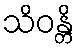
သိဝန္တိ